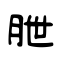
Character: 朑